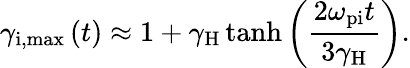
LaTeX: \gamma_{\mathrm{i,max}}\left(t\right)\approx 1+\gamma_{\mathrm{H}}\operatorname{tanh}\left(\frac{2\omega_{\mathrm{pi}}t}{3\gamma_{\mathrm{H}}}\right).